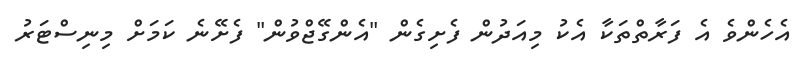
އެހެންވެ އެ ފަރާތްތަކާ އެކު މިއަދުން ފެށިގެން "އެންގޭޖްވުން" ފެށޭނެ ކަމަށް މިނިސްޓަރު